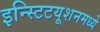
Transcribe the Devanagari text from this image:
इन्स्टिटयूशनमध्ये